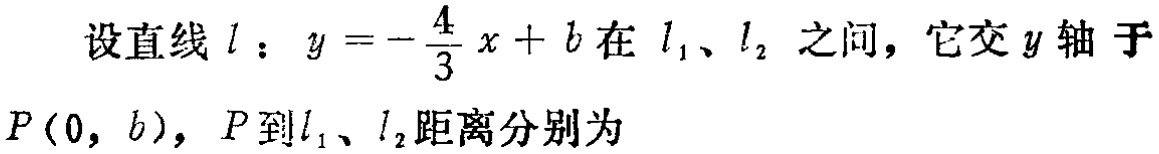
设直线\(l\)：\(y = -\frac{4}{3}x + b\)在\(l_1、l_2\)之间，它交\(y\)轴于\(P(0, b)\)，\(P\)到\(l_1、l_2\)距离分别为